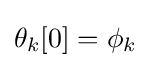
\theta _{k}[0]=\phi _{k}